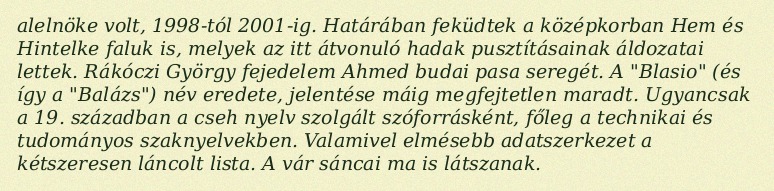
alelnöke volt, 1998-tól 2001-ig. Határában feküdtek a középkorban Hem és Hintelke faluk is, melyek az itt átvonuló hadak pusztításainak áldozatai lettek. Rákóczi György fejedelem Ahmed budai pasa seregét. A "Blasio" (és így a "Balázs") név eredete, jelentése máig megfejtetlen maradt. Ugyancsak a 19. században a cseh nyelv szolgált szóforrásként, főleg a technikai és tudományos szaknyelvekben. Valamivel elmésebb adatszerkezet a kétszeresen láncolt lista. A vár sáncai ma is látszanak.